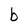
Character: b